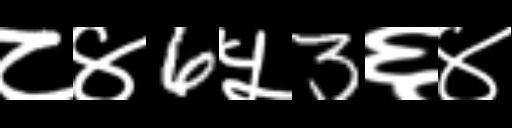
Text: ८४6५3६४